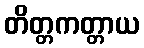
တိတ္တကတ္တာယ